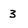
Character: 3